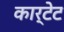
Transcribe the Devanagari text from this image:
कार्टेट